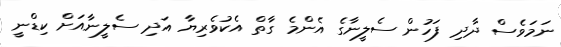
ނަމަވެސް ދާދި ފަހުން ސެލީނާގެ އެންމެ ގާތް އެކުވެރިޔާ އަދި ސެލީނާއަށް ކިޑްނީ